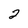
Character: 2